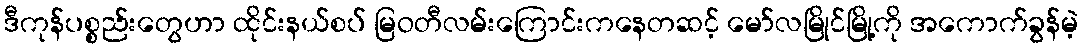
ဒီကုန်ပစ္စည်းတွေဟာ ထိုင်းနယ်စပ် မြဝတီလမ်းကြောင်းကနေတဆင့် မော်လမြိုင်မြို့ကို အကောက်ခွန်မဲ့